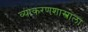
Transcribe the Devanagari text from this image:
व्याकरणशास्त्राला